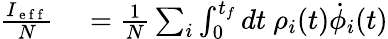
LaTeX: \begin{array}{rl}{\frac{I_{\mathrm{~e~f~f~}}}{N}}&{{}=\frac{1}{N}\sum_{i}\int_{0}^{t_{f}}dt\ \rho_{i}(t)\dot{\phi}_{i}(t)}\end{array}